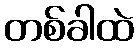
တစ်ခါထဲ